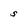
Character: s